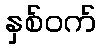
နှစ်ဝက်